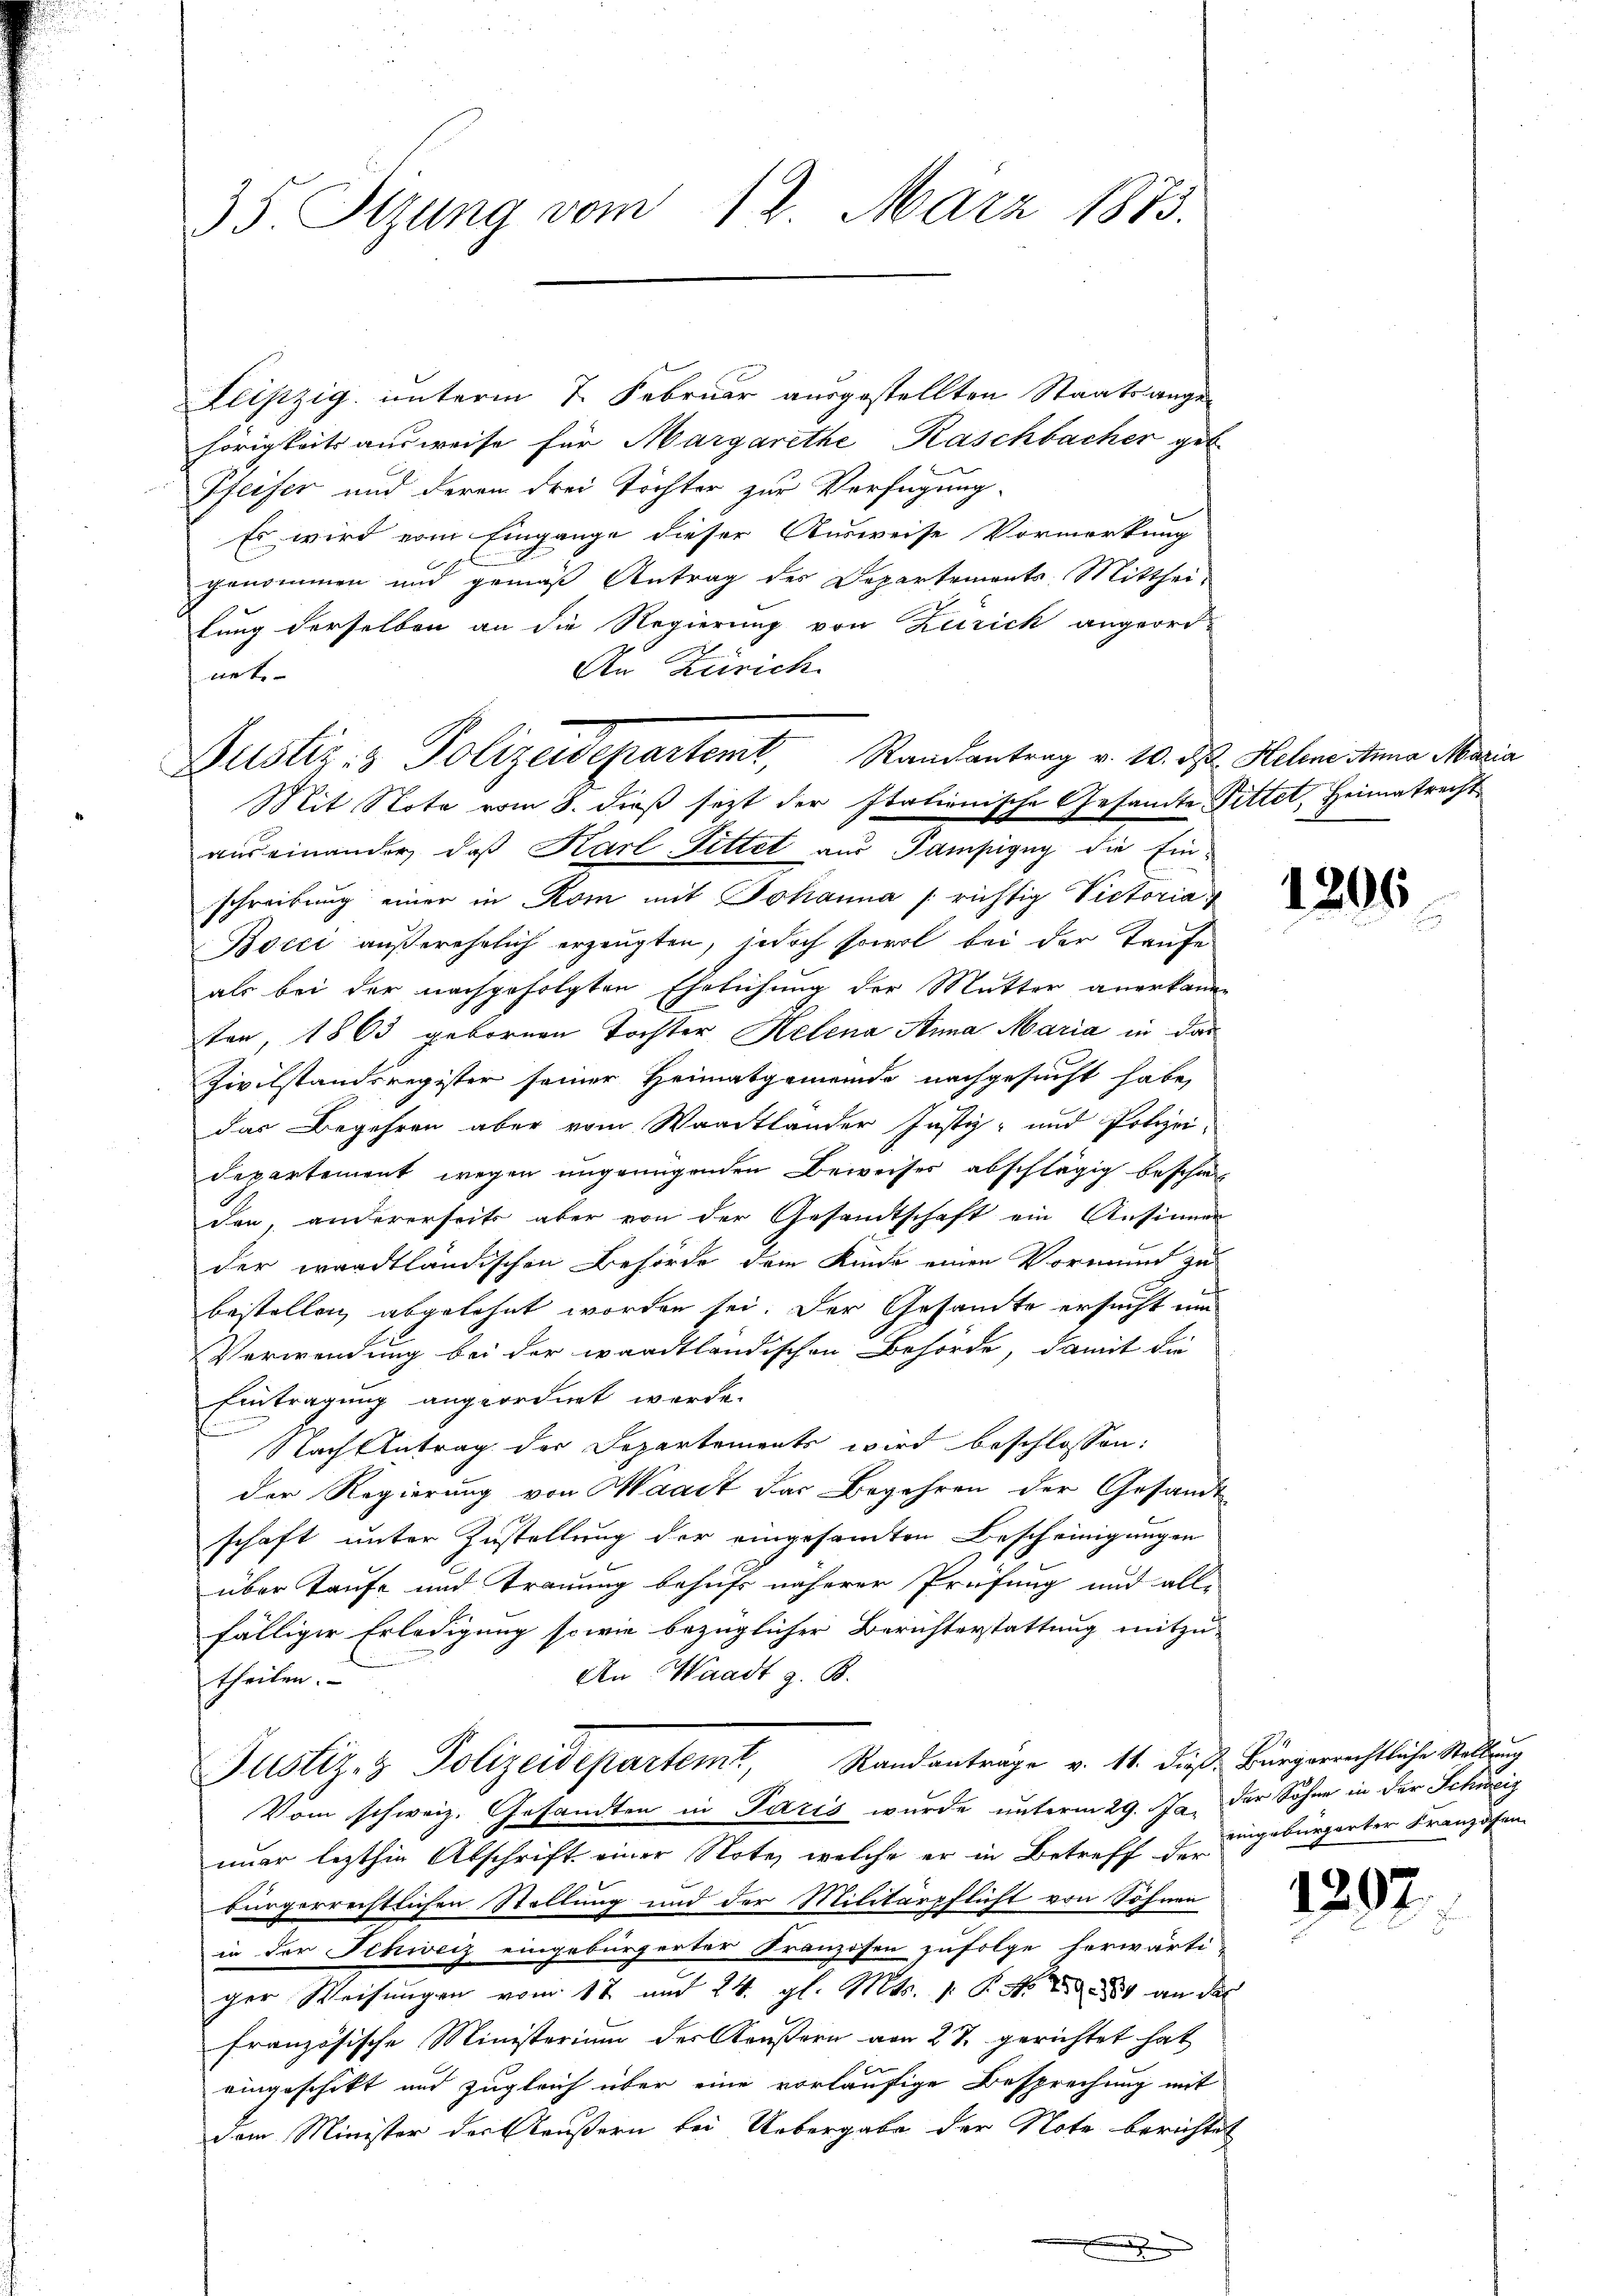
35. Sizung vom 12. März 1873.

Leipzig, unterm 7. Februar ausgestellten Staatsange-
hörigkeits ausweise für Margarethe Raschbacher geb.
Pfeifer und deren drei Töchter zur Verfügung
Es wird vom Eingange dieser Ausweise Vormerkung
genommen und gemäß Antrag des Departements-Mitthei-
lung derselben an die Regierung von Zürich angeord-
An Zürich
nete
auseinander, daβ Karl-Tittet aus Pampigny die Ein-
schreibung einer in Rom mit Johanna / richtig Victoria
Bocci außerehelich erzeugten, jedoch sowol bei der Taufe
als bei der nachgefolgten Ehelichung der Mutter anerkanne
ten, 1863 gebornen Tochter Helena Anna Maria in das
Zivilstandsregister seiner Heimatgemeinde nachgesucht habe,
das Begehren aber vom Waadtländer Justiz- und Polizei-
departement wegen ungenügenden Beweises abschlägig beschie
den, andererseits aber von der Gesandtschaft ein Ansinner
der wardtländischen Behörde dem Kinde einen Vormund zu
bestellen abgelehnt worden sei. Der Gesandte ersucht um
Verwendung bei der wardtländischen Behörde, damit die
Eintragung angeordnet werde.
Nach Antrag der Departements wird beschlossen:
der Regierung von Waadt das Begehren der Gesandt
schaft unter Zustellung der eingesamten Bescheinigungen
über Taufe und Trauung behufs näherer Prüfung und alle
fälliger Erledigung sowie bezüglicher Berichterstattung mitzu-
An Waadt z. B.
theilen.
Justiz- & Polizeidepartemt, Randantrage v. 11. dieß Bürgerrechtliche Stellung
Vom schweiz. Gesandten in Paris wurde unterm 29. Ja, der Sohne in der Schweiz
imer lezthin Abschrift einer Note, welche er in Betreff der ungebürgerter Franzosen
bürgerrechtlichen Stellung und der Militärpflicht von Söhnen
in der Schweiz eingebürgerter Franzosen zufolge herwärti
ger Weisungen vom 17 und 24. gl. Mts. 1. P. Nr. 1889 an der
französische Ministerium der Aeußern von 27. gerichtet hat
eingeschikt und zugleich über eine vorläufige Besprechung mit
dem Minister des Aeußern bei Uebergabe der Note berichtet

Justiz- & Polizeidepartemt, Randantrag v. 10. ds. Helene Anna Maria
Mit Note vom 8. dieß sezt der Italienische Gesandte Pittel, Heimatrecht

1206

1297.